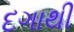
દગાથી